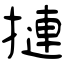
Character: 摙